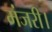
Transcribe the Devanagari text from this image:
मंजरी।